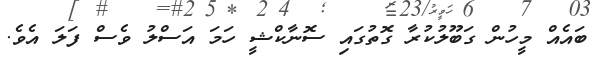
ބައެއް މީހުން ގަބޫލުކުރާ ގޮތުގައި ސޮނާކްޝީ ހަމަ އަސްލު ވެސް ފަލަ އެވެ.